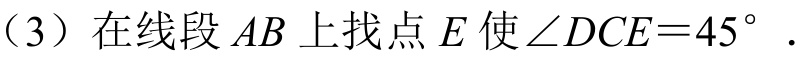
（3）在线段\(AB\)上找点\(E\)使\(\angle DCE = 45^{\circ}\).